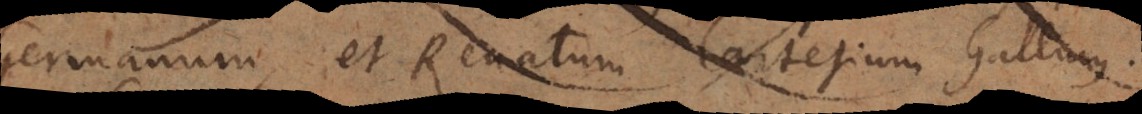
Germanum, et Renatum Cartesium Gallium.